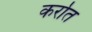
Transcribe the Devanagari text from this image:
कर्रात